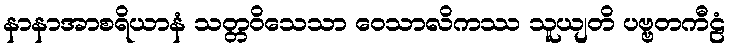
နာနာအာစရိယာနံ သတ္တဝိသေသာ ဝေသာလိကဿ သူယျတိ ပဗ္ဗတကီဠံ